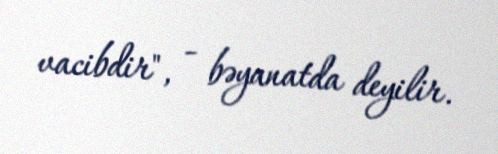
vacibdir", - bəyanatda deyilir.